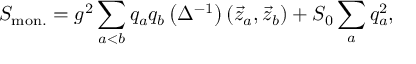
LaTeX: S _ { \mathrm { m o n . } } = g ^ { 2 } \sum _ { a < b } ^ { } q _ { a } q _ { b } \left( \Delta ^ { - 1 } \right) \left( \vec { z } _ { a } , \vec { z } _ { b } \right) + S _ { 0 } \sum _ { a } ^ { } q _ { a } ^ { 2 } ,